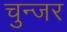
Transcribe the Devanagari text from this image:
चुन्जर